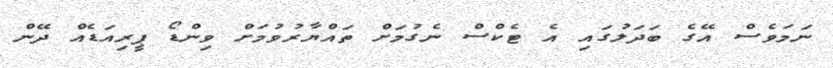
ނަމަވެސް އޭގެ ބަދަލުގައި އެ ޓެކްސް ނެގުމަށް ތައްޔާރުވުމަށް ވިންޑޯ ޕީރިއަޑެއް ދޭން